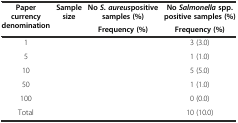
<table><thead><tr><td rowspan="2"><b>Paper currency denomination</b></td><td rowspan="2"><b>Sample size</b></td><td><b>No <i>S. aureus</i>positive samples (%)</b></td><td><b>No <i>Salmonella</i>spp. positive samples (%)</b></td></tr><tr><td><b>Frequency (%)</b></td><td><b>Frequency (%)</b></td></tr></thead><tbody><tr><td>1</td><td>[EMPTY_CELL]</td><td>[EMPTY_CELL]</td><td>3 (3.0)</td></tr><tr><td>5</td><td>[EMPTY_CELL]</td><td>[EMPTY_CELL]</td><td>1 (1.0)</td></tr><tr><td>10</td><td>[EMPTY_CELL]</td><td>[EMPTY_CELL]</td><td>5 (5.0)</td></tr><tr><td>50</td><td>[EMPTY_CELL]</td><td>[EMPTY_CELL]</td><td>1 (1.0)</td></tr><tr><td>100</td><td>[EMPTY_CELL]</td><td>[EMPTY_CELL]</td><td>0 (0.0)</td></tr><tr><td>Total</td><td>[EMPTY_CELL]</td><td>[EMPTY_CELL]</td><td>10 (10.0)</td></tr></tbody></table>